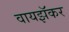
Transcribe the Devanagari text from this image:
वायझॅकर